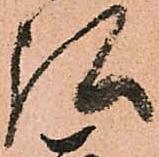
弘